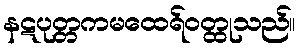
နဋပုတ္တကမထေရ်ဝတ္ထုသည်။